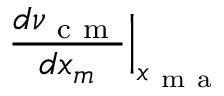
\frac { d \nu _ { \mathrm { ~ c ~ m ~ } } } { d x _ { m } } \Big | _ { x _ { \mathrm { ~ m ~ a ~ } } }